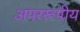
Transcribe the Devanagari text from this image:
अपररूपीय